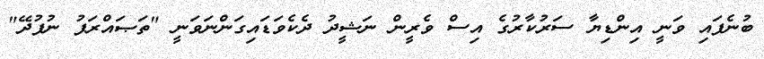
ބުނެފައި ވަނީ އިންޑިޔާ ސަރުކާރުގެ އިސް ވެރީން ނަޝީދު ދެކެވަޑައިގަންނަވަނީ "ތަޞައްރަފު ނުފުދޭ"